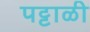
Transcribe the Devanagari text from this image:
पट्टाळी